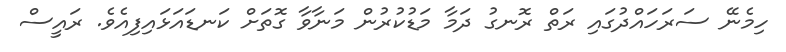
ހިމެނޭ ސަރަހައްދުގައި ރަތް ރޮނގު ދަމާ މަޑުކުރުން މަނާވާ ގޮތަށް ކަނޑައަޅައިފިއެވެ. ރައީސް